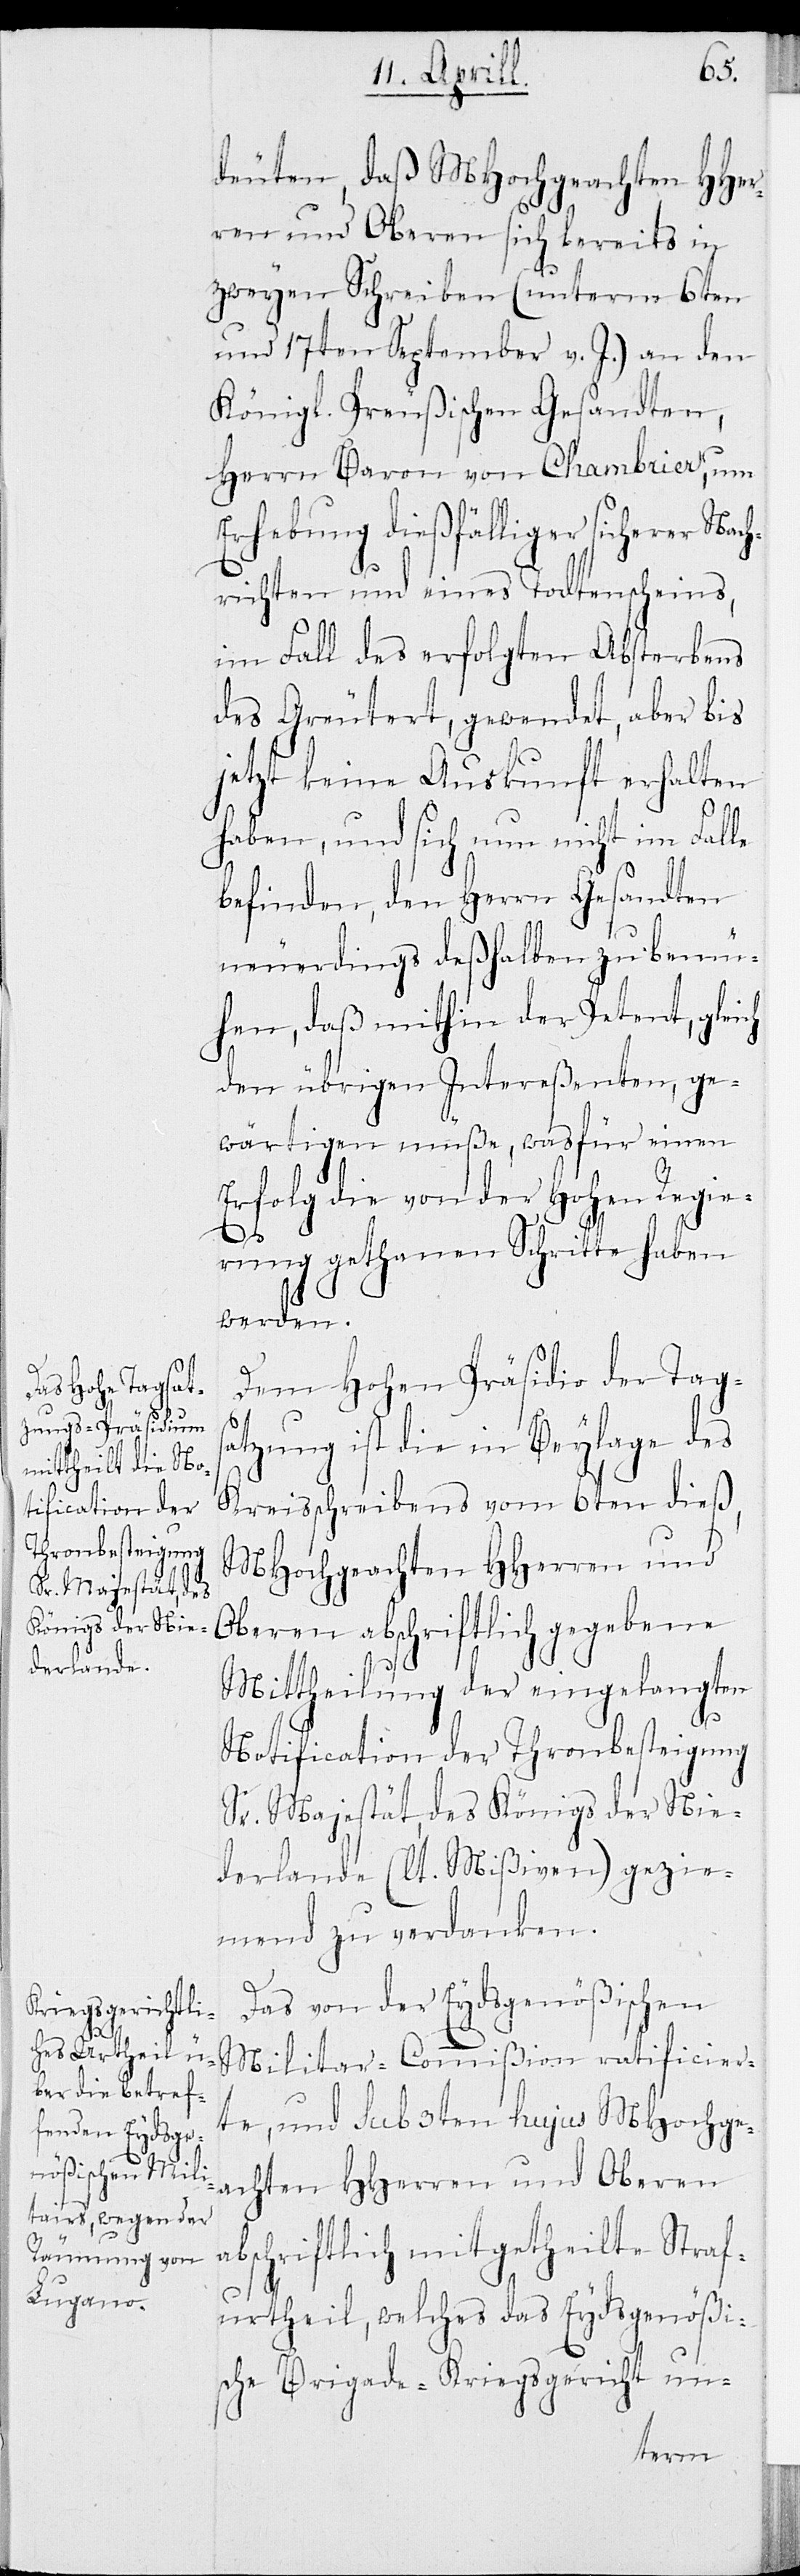
deuten, daß MHochgeachten HHer¬
ren und Oberen sich bereits in
zweyen Schreiben (unterm 6ten
und 17ten September v. J.) an den
Königl. Preußischen Gesandten,
Herrn Baron von Chambrier, um
Erhebung dießfälliger sicherer Nac¬
hrichten und eines Todtenscheins,
im Fall des erfolgten Absterbens
des Greuters, gewendet, aber bis
jetzt keine Auskunft erhalten
haben, und sich nun nicht im Falle
befinden, den Herrn Gesandten
neuerdings deßhalben zu bemü¬
hen, daß mithin der Petent, gleich
den übrigen Intereßenten, ge¬
wärtigen müße, was für einen
Erfolg die von der Hohen Regie¬
rung gethanen Schritte haben
werden.
Dem Hohen Präsidio der Tag¬
ratificier¬
satzung ist die in Beylage des
Kreisschreibens vom 6ten dieß,
MHochgeachten HHerren und
Oberen abschriftlich gegebene
Mittheilung der eingelangten
Notification der Thronbesteigung
Sr. Majestät, des Königs der Nie¬
derlande (lt. Mißiven) gezie¬
mend zu verdanken.
Das von der Eydsgenößischen
te, und sub 3ten hujus MHochge¬
achten HHerren und Oberen
abschriftlich mitgetheilte Straf¬
urtheil, welches das Eydsgenößi¬
sche Brigade-Kriegsgericht un-